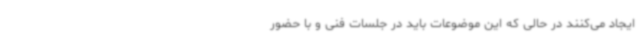
ایجاد می‌کنند در حالی که این موضوعات باید در جلسات فنی و با حضور